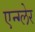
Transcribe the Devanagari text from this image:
एन्ग्लेर